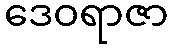
ဒေဝရာဇာ